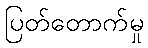
ပြတ်တောက်မှု